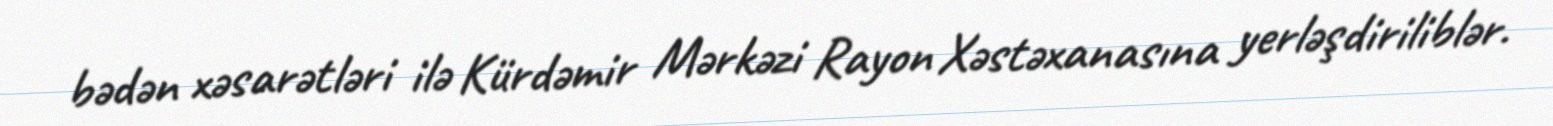
bədən xəsarətləri ilə Kürdəmir Mərkəzi Rayon Xəstəxanasına yerləşdiriliblər.